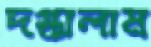
দগ্ধালাম